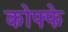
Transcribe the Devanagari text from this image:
कोफ्फे